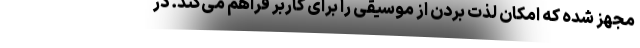
مجهز شده که امکان لذت بردن از موسیقی را برای کاربر فراهم می‌کند. در